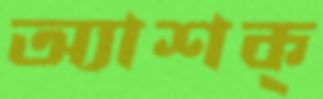
অ্যাশক্